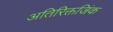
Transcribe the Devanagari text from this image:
अतिरिक्तजिंक